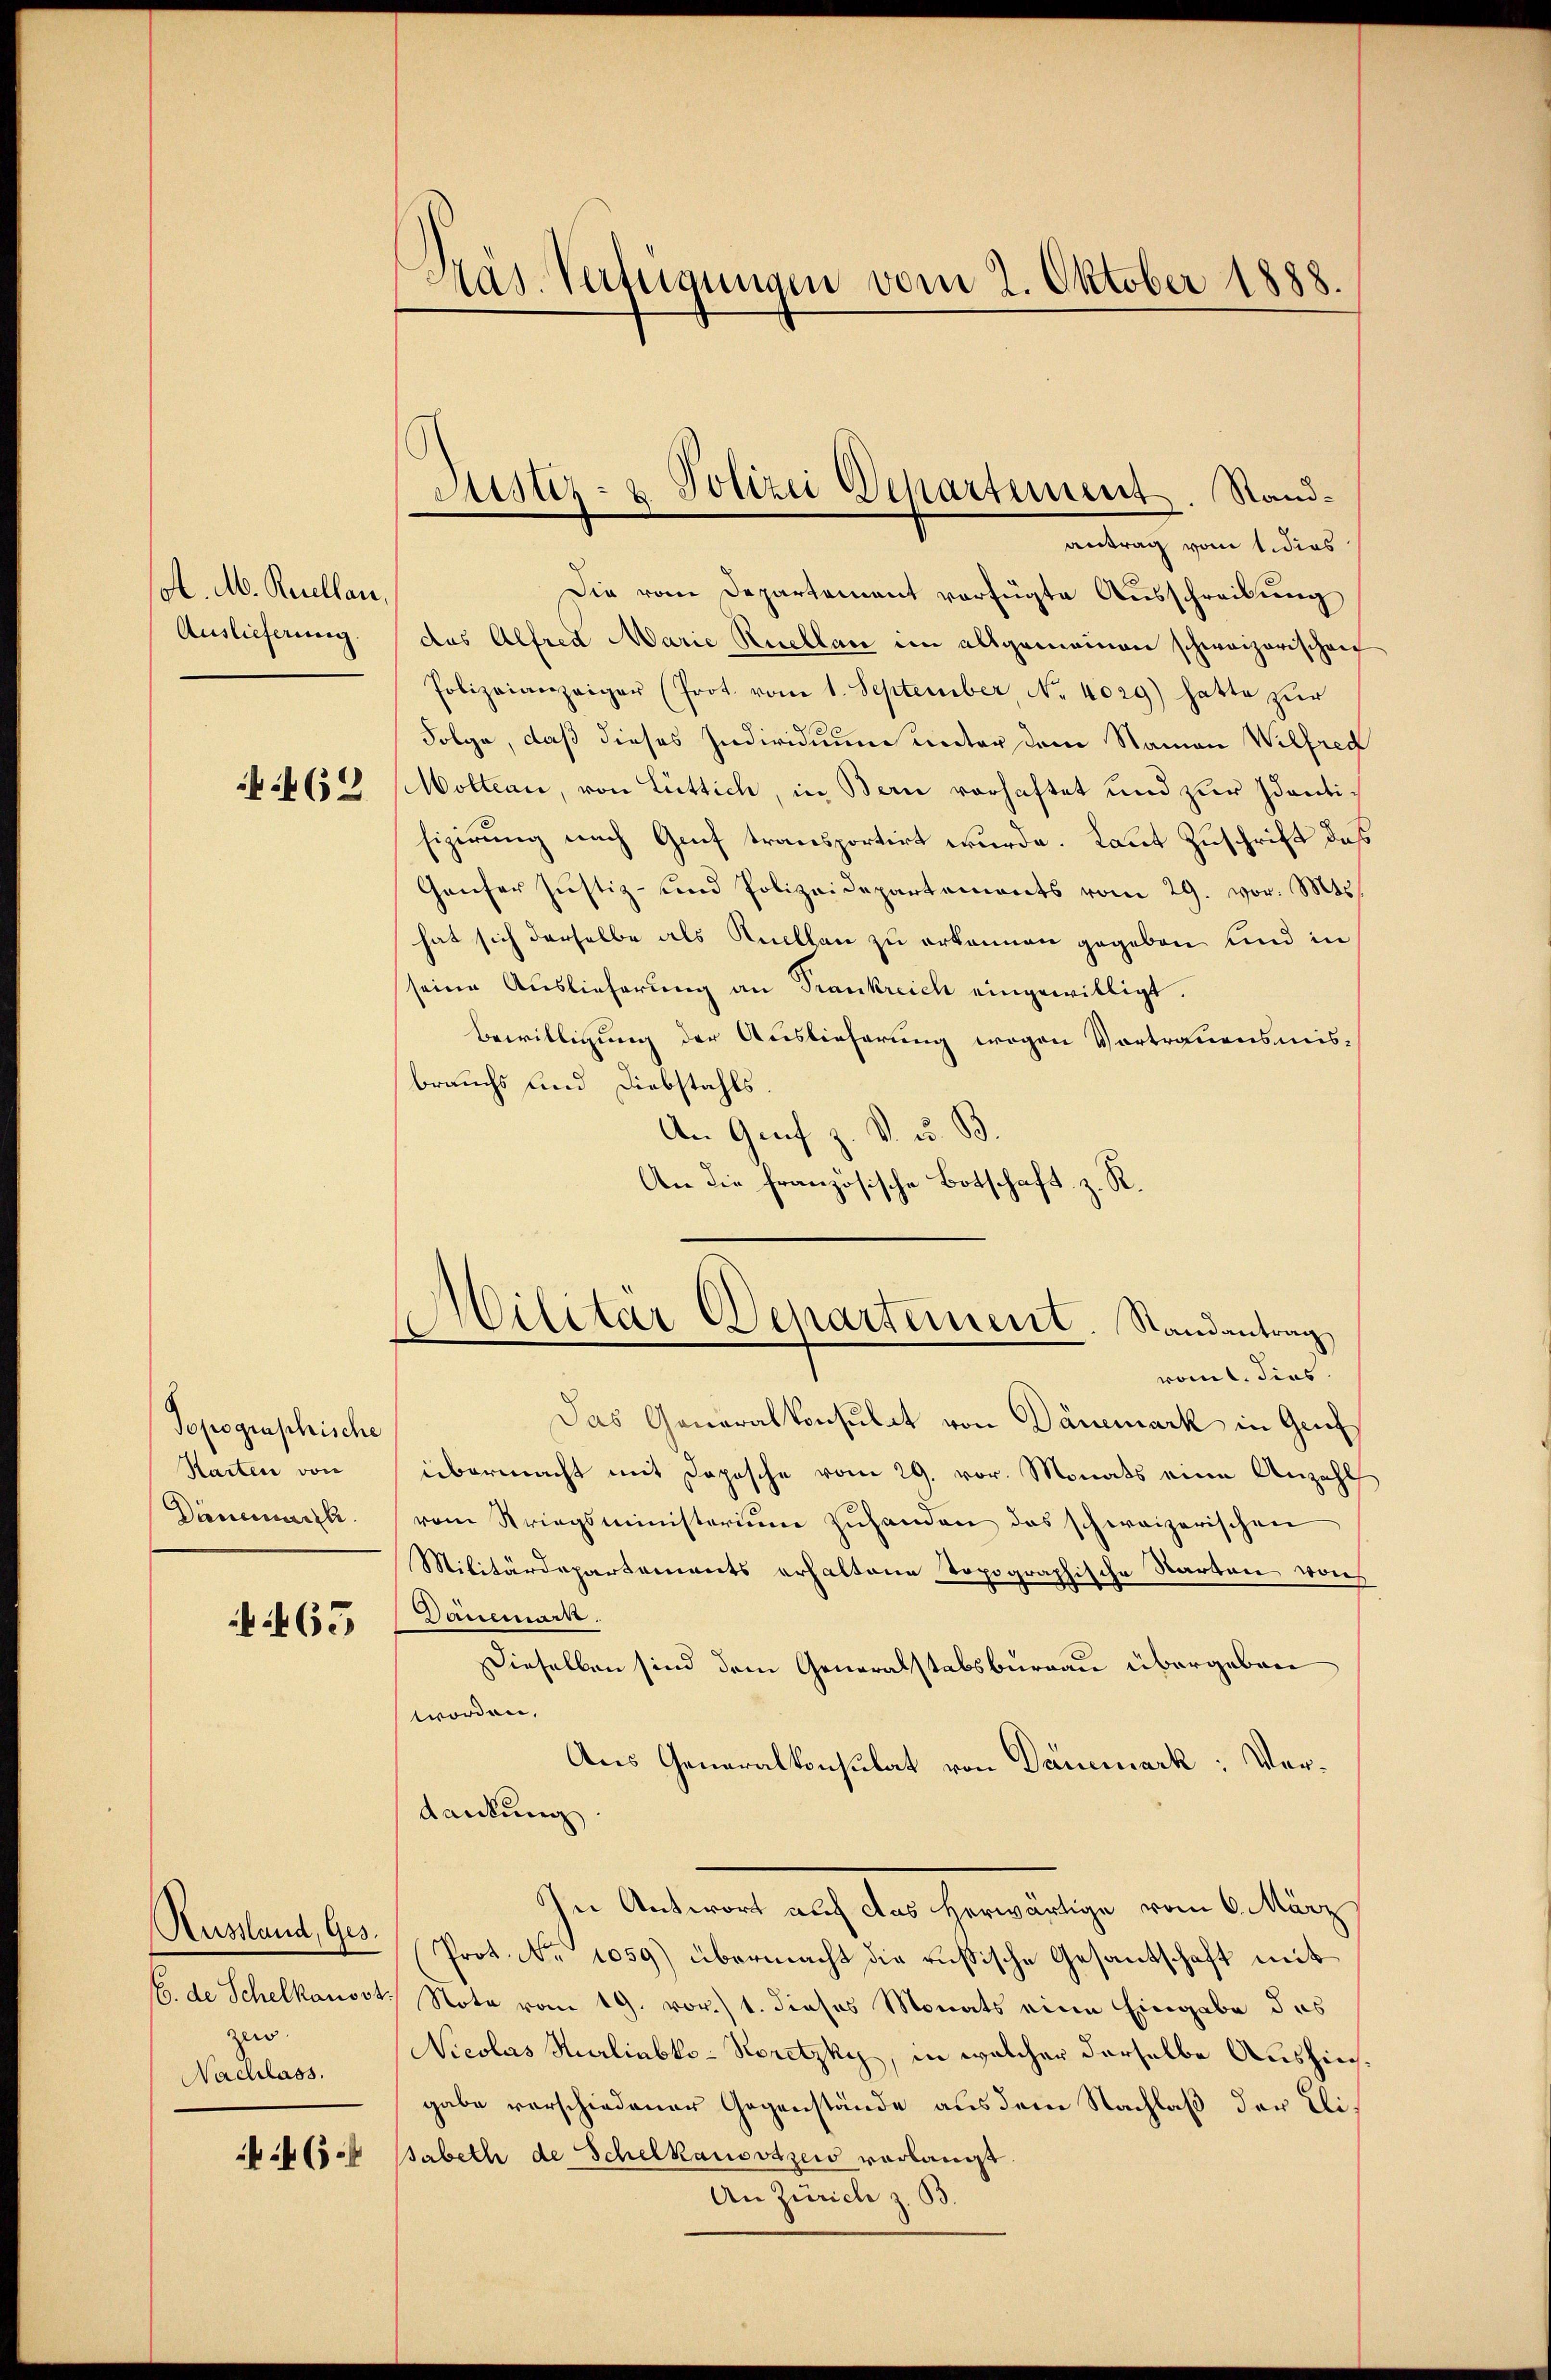
Col. M. Reuillau,
Auslieferung.
 462

Topographische
Rarten von
Dänemünze

465

Aussland, Ges.
E. de Schelkausst.
ze.
Nachlass.

463

Die vom Departement verfügte Ausschreibung
das Alfred Marie Ruellan im allgemeinen schweizerischen
Polizeianzeiger (Prot. vom 1. September No. 4029) hatte zur
Folge, daß dieses Individuum unter dem Namen Wilfred
Moltern, von Lüttich, in Bern vorhaftet und zur Identifizierung nach Genf transportirt wurde. Laut Zuschrift das
Ganfer Justiz- und Polizeidepartements vom 29. vor. Mts.
hat sich derselbe als Kellen zu erkennen gegeben und in
seine Auslieferung an Trankreich eingewilligt.
Bewilligung der Auslieferung wegen Vortrauensmisbrauchs und Diebstahls.
An Graf z. V. u. B.
An die französische Botschaft z. R.

Pas. Verteigungen vom 2. Oktober 1888.

Justiz- & Polizei Departement. Standantrag vom 1. dies

Militär Departement. Randantrag
vom 1. dies

Das Generalkonsulat von Dänemark in Genf
übermacht mit Depesche vom 29. vor. Monats eine Anzahl
vom Kriegsministeriŭm zŭhanden das schweizerischen
Militärdepartements erhaltene topographische Karten von
Dauemark.
Dieselben sind dem Generalstabsburgau übergeben
worden.
Aus Generalkonsulat von Dancmark: Verdankung.
In Antwort auf das herwärtige vom 6. März
Prot. No 1059) übermacht die russische Gesantschaft mit
Note vom 19. vor./ 1. dieses Monats eine Eingabe des
Nicolas Hurlinbko-Koretzky, in welcher derselbe Aushingabe vorschiedener Gegenstände aus dem Nachlaß der Elisabeth de Schelkausstseis vorlangt.
An Zürich z. B.